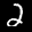
Label: 2